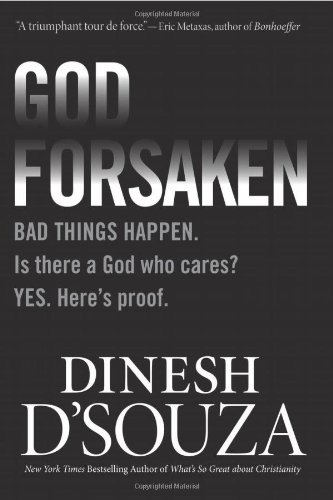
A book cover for Godforsaken: Bad Things Happen. Is there a God who cares? Yes. Here's proof.; Dinesh D'Souza; Politics & Social Sciences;